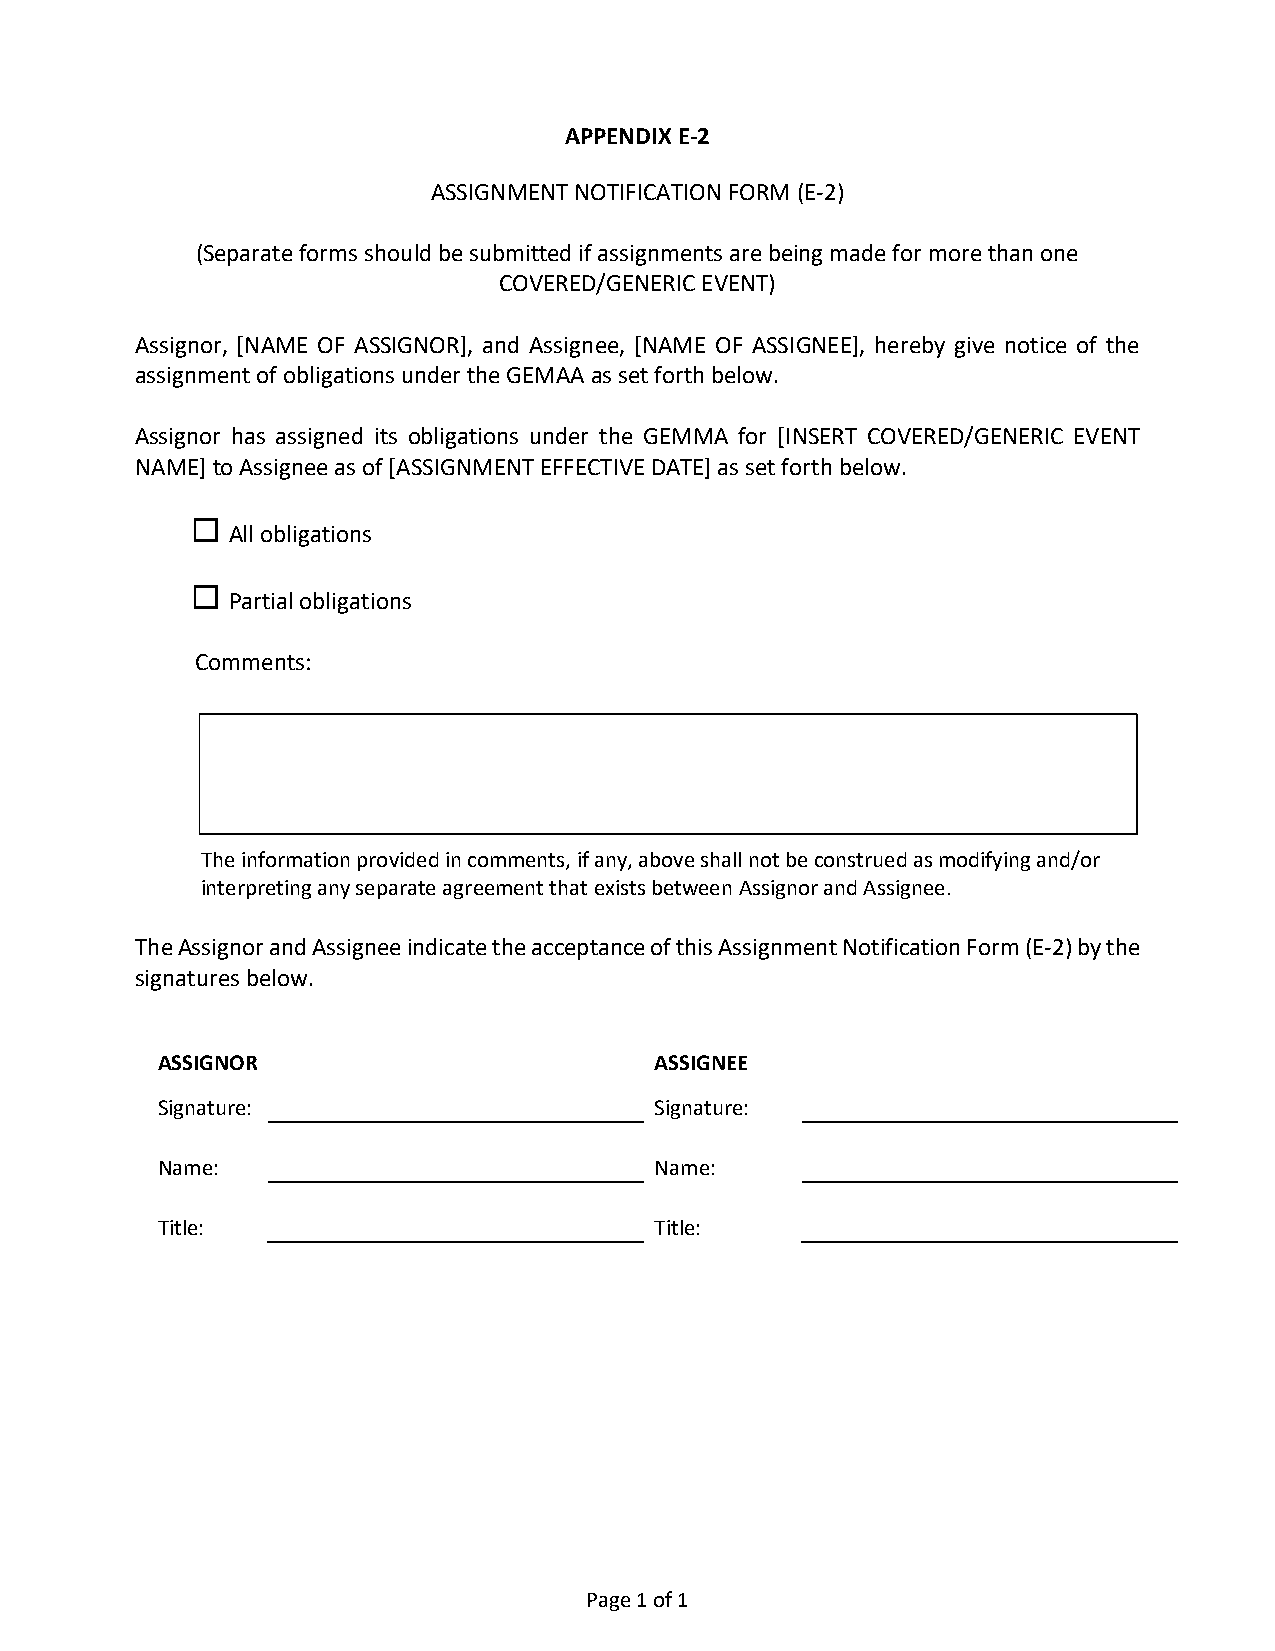
APPENDIX E-2
 ASSIGNMENT NOTIFICATION FORM (E-2)
 (Separate forms should be submitted if assignments are being made for more than one
 COVERED/GENERIC EVENT)
 Assignor, [NAME OF ASSIGNOR], and Assignee, [NAME OF ASSIGNEE], hereby give notice of the
 assignment of obligations under the GEMAA as set forth below.
 Assignor has assigned its obligations under the GEMMA for [INSERT COVERED/GENERIC EVENT
 NAME] to Assignee as of [ASSIGNMENT EFFECTIVE DATE] as set forth below.
 
 All obligations
 
 Partial obligations
 Comments:
 The information provided in comments, if any, above shall not be construed as modifying and/or
 interpreting any separate agreement that exists between Assignor and Assignee.
 The Assignor and Assignee indicate the acceptance of this Assignment Notification Form (E-2) by the
 signatures below.
 ASSIGNOR                         ASSIGNEE
 Signature:                       Signature:
 Name:                            Name:
 Title:                           Title:
 Page 1 of 1